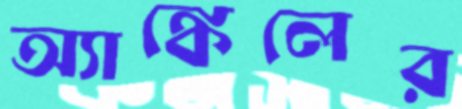
অ্যাঙ্কেলের